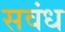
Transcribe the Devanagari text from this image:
सवंध